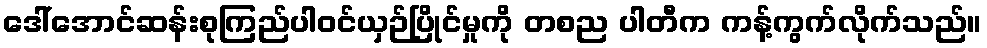
ဒေါ်အောင်ဆန်းစုကြည်ပါဝင်ယှဉ်ပြိုင်မှုကို တစည ပါတီက ကန့်ကွက်လိုက်သည်။